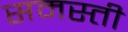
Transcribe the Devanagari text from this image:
समस्ती